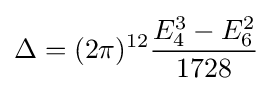
\Delta =(2\pi )^{12}{\frac {E_{4}^{3}-E_{6}^{2}}{1728}}